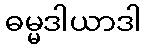
ဓမ္မဒါယာဒါ